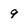
Character: 9